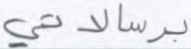
برسالاتي